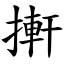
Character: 搟